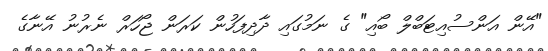
"އޭން އަންސުއިޓަބްލް ބޯއި" ގެ ނަމުގައި ދާދިފަހުން ކަރަން ޖޯހަރް ނެރުނު އޭނާގެ